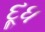
દૂૂધ